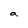
Character: a